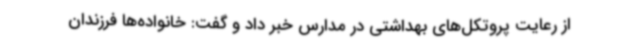
از رعایت پروتکل‌های بهداشتی در مدارس خبر داد و گفت: خانواده‌ها فرزندان